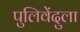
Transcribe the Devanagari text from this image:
पुलिवेंदुला